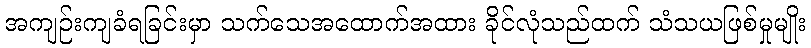
အကျဉ်းကျခံရခြင်းမှာ သက်သေအထောက်အထား ခိုင်လုံသည်ထက် သံသယဖြစ်မှုမျိုး